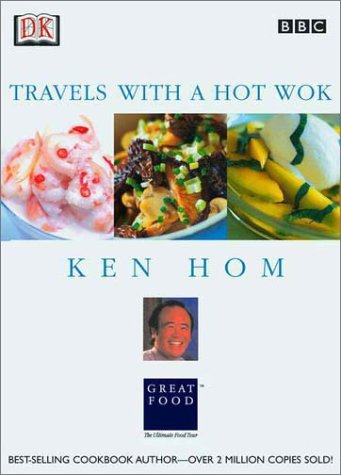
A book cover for Ken Hom: Travels with a Hot Wok; DK Publishing; Crafts, Hobbies & Home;